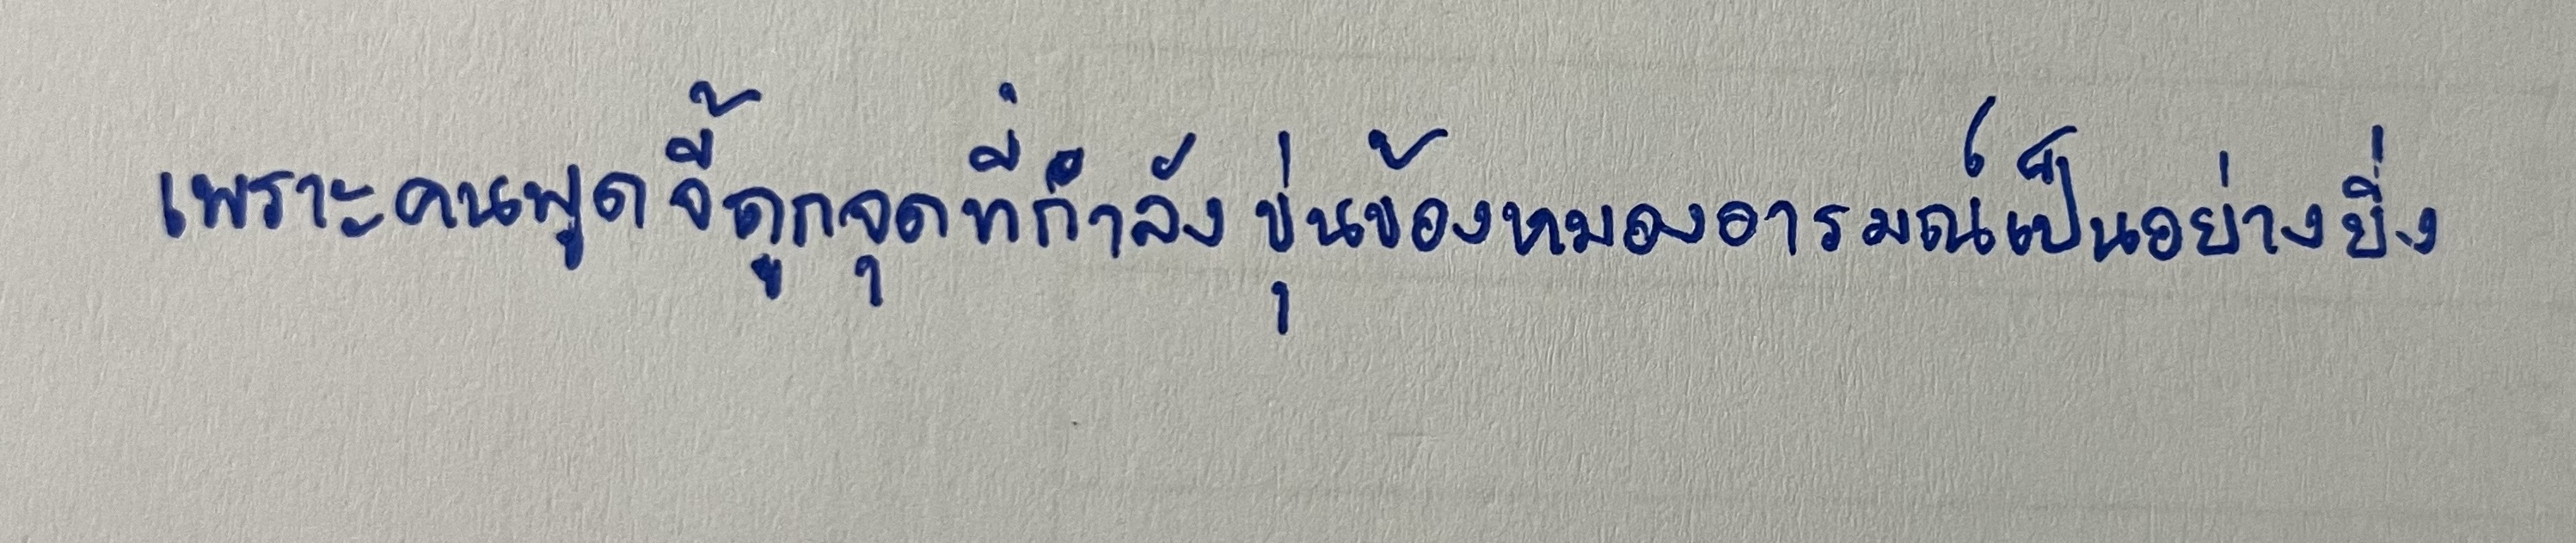
เพราะคนพูดจี้ถูกจุดที่กำลังขุ่นข้องหมองอารมณ์เป็นอย่างยิ่ง